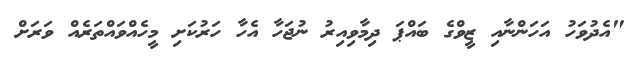
"އެދުވަހު އަހަންނާއި ޒީވްގެ ބައްޕަ ދިމާވިއިރު ނުޖަހާ އެހާ ހަރުކަށި މީހެއްވައްތަރެއް ވަރަށް